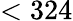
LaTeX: <324